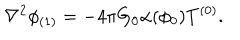
\nabla ^ { 2 } \phi _ { ( 1 ) } = - 4 \pi G _ { 0 } \alpha ( \phi _ { 0 } ) T ^ { ( 0 ) } .